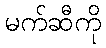
မက်ဆီကို